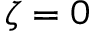
\zeta = 0